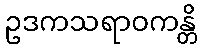
ဥဒကသရာဝကန္တိ